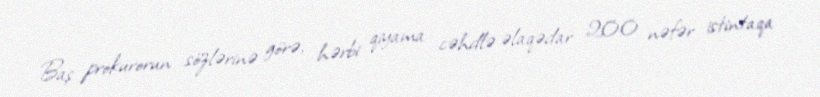
Baş prokurorun sözlərinə görə, hərbi qiyama cəhdlə əlaqədar 200 nəfər istintaqa